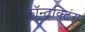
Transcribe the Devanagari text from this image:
कॉन्ट्रक्टिंग